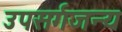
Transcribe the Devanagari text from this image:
उपसर्गजन्य